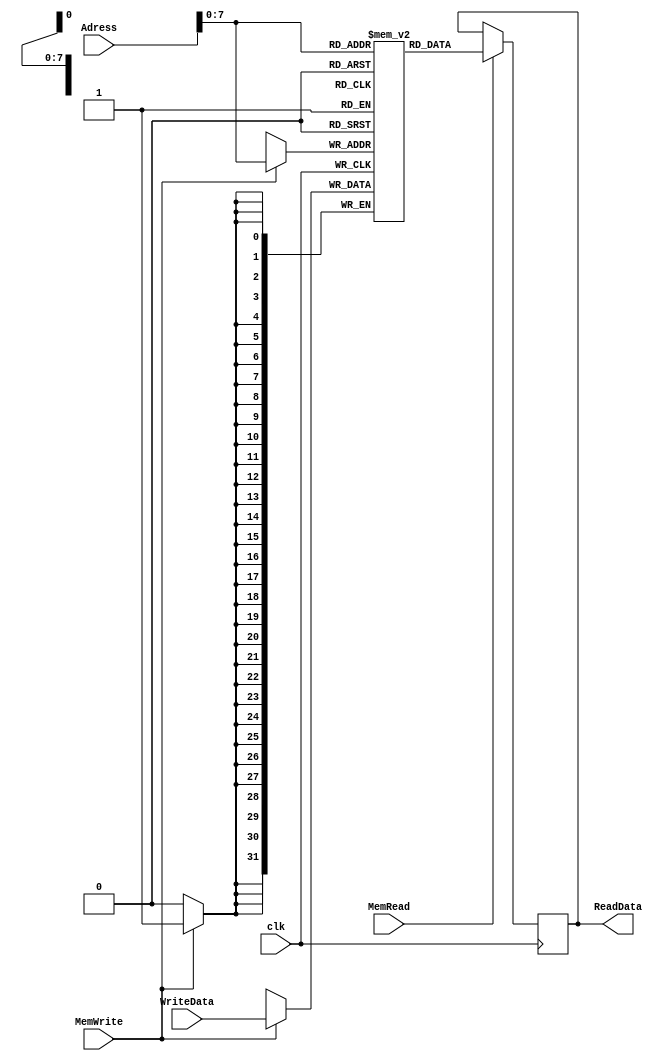
`timescale 1ns / 1ps
module DataMemory(clk,Adress,MemWrite,MemRead,WriteData,ReadData);
input clk , MemWrite , MemRead;
input [31:0] Adress;
input [31:0] WriteData;
output reg [31:0] ReadData;
reg [31:0] Memory [0:255];
	initial begin
		Memory[0] <= 0;
		Memory[1] <= 0;
		Memory[2] <= 0;
		Memory[3] <= 10;
		Memory[4] <= 5000;
		Memory[5] <= 100000;
	end
    always@(posedge clk)begin
        if(MemWrite == 1'b1)
            Memory[Adress] <= WriteData;
    end
    always@(posedge clk)begin
        if(MemRead==1'b1)
            ReadData <= Memory[Adress];
    end
endmodule